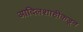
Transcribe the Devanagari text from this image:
आदिलशाहीकडून